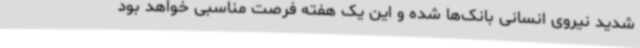
شدید نیروی انسانی بانک‌ها شده و این یک هفته فرصت مناسبی خواهد بود